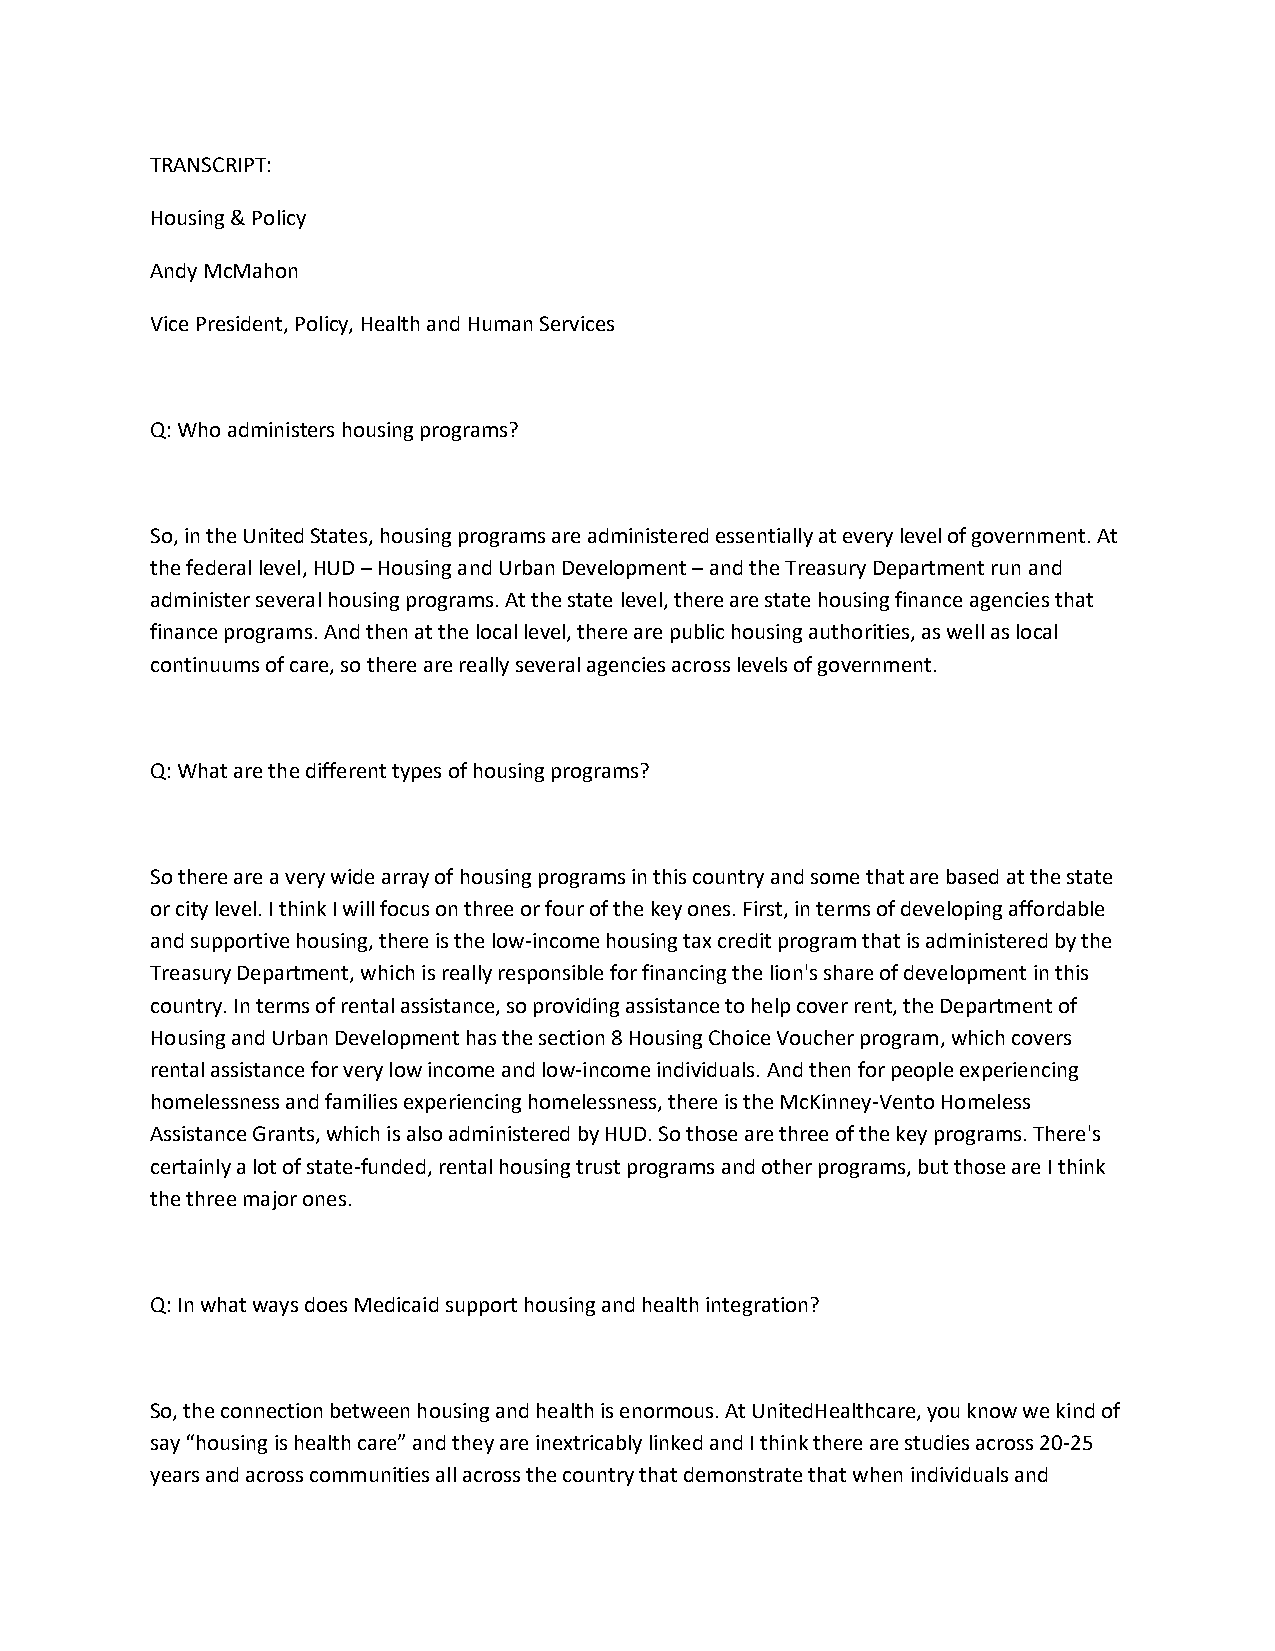
TRANSCRIPT:
 Housing & Policy
 Andy McMahon
 Vice President, Policy, Health and Human Services
 Q: Who administers housing programs?
 So, in the United States, housing programs are administered essentially at every level of government. At
 the federal level, HUD – Housing and Urban Development – and the Treasury Department run and
 administer several housing programs. At the state level, there are state housing finance agencies that
 finance programs. And then at the local level, there are public housing authorities, as well as local
 continuums of care, so there are really several agencies across levels of government.
 Q: What are the different types of housing programs?
 So there are a very wide array of housing programs in this country and some that are based at the state
 or city level. I think I will focus on three or four of the key ones. First, in terms of developing affordable
 and supportive housing, there is the low-income housing tax credit program that is administered by the
 Treasury Department, which is really responsible for financing the lion's share of development in this
 country. In terms of rental assistance, so providing assistance to help cover rent, the Department of
 Housing and Urban Development has the section 8 Housing Choice Voucher program, which covers
 rental assistance for very low income and low-income individuals. And then for people experiencing
 homelessness and families experiencing homelessness, there is the McKinney-Vento Homeless
 Assistance Grants, which is also administered by HUD. So those are three of the key programs. There's
 certainly a lot of state-funded, rental housing trust programs and other programs, but those are I think
 the three major ones.
 Q: In what ways does Medicaid support housing and health integration?
 So, the connection between housing and health is enormous. At UnitedHealthcare, you know we kind of
 say “housing is health care” and they are inextricably linked and I think there are studies across 20-25
 years and across communities all across the country that demonstrate that when individuals and